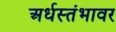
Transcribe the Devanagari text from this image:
अर्धस्तंभावर